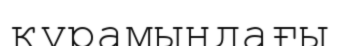
құрамыңдағы